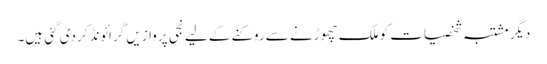
دیگر مشتبہ شخصیات کو ملک چھوڑنے سے روکنے کے لیے نجی پروازیں گرائونڈ کردی گئی ہیں۔